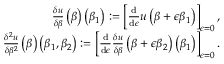
\begin{array} { r } { \frac { \delta u } { \delta \beta } \left( \beta \right) \left( \beta _ { 1 } \right) : = \left[ \frac { \mathrm { d } } { \mathrm { d } \epsilon } u \left( \beta + \epsilon \beta _ { 1 } \right) \right] _ { \epsilon = 0 } , } \\ { \frac { \delta ^ { 2 } u } { \delta \beta ^ { 2 } } \left( \beta \right) \left( \beta _ { 1 } , \beta _ { 2 } \right) : = \left[ \frac { \mathrm { d } } { \mathrm { d } \epsilon } \frac { \delta u } { \delta \beta } \left( \beta + \epsilon \beta _ { 2 } \right) \left( \beta _ { 1 } \right) \right] _ { \epsilon = 0 } . } \end{array}